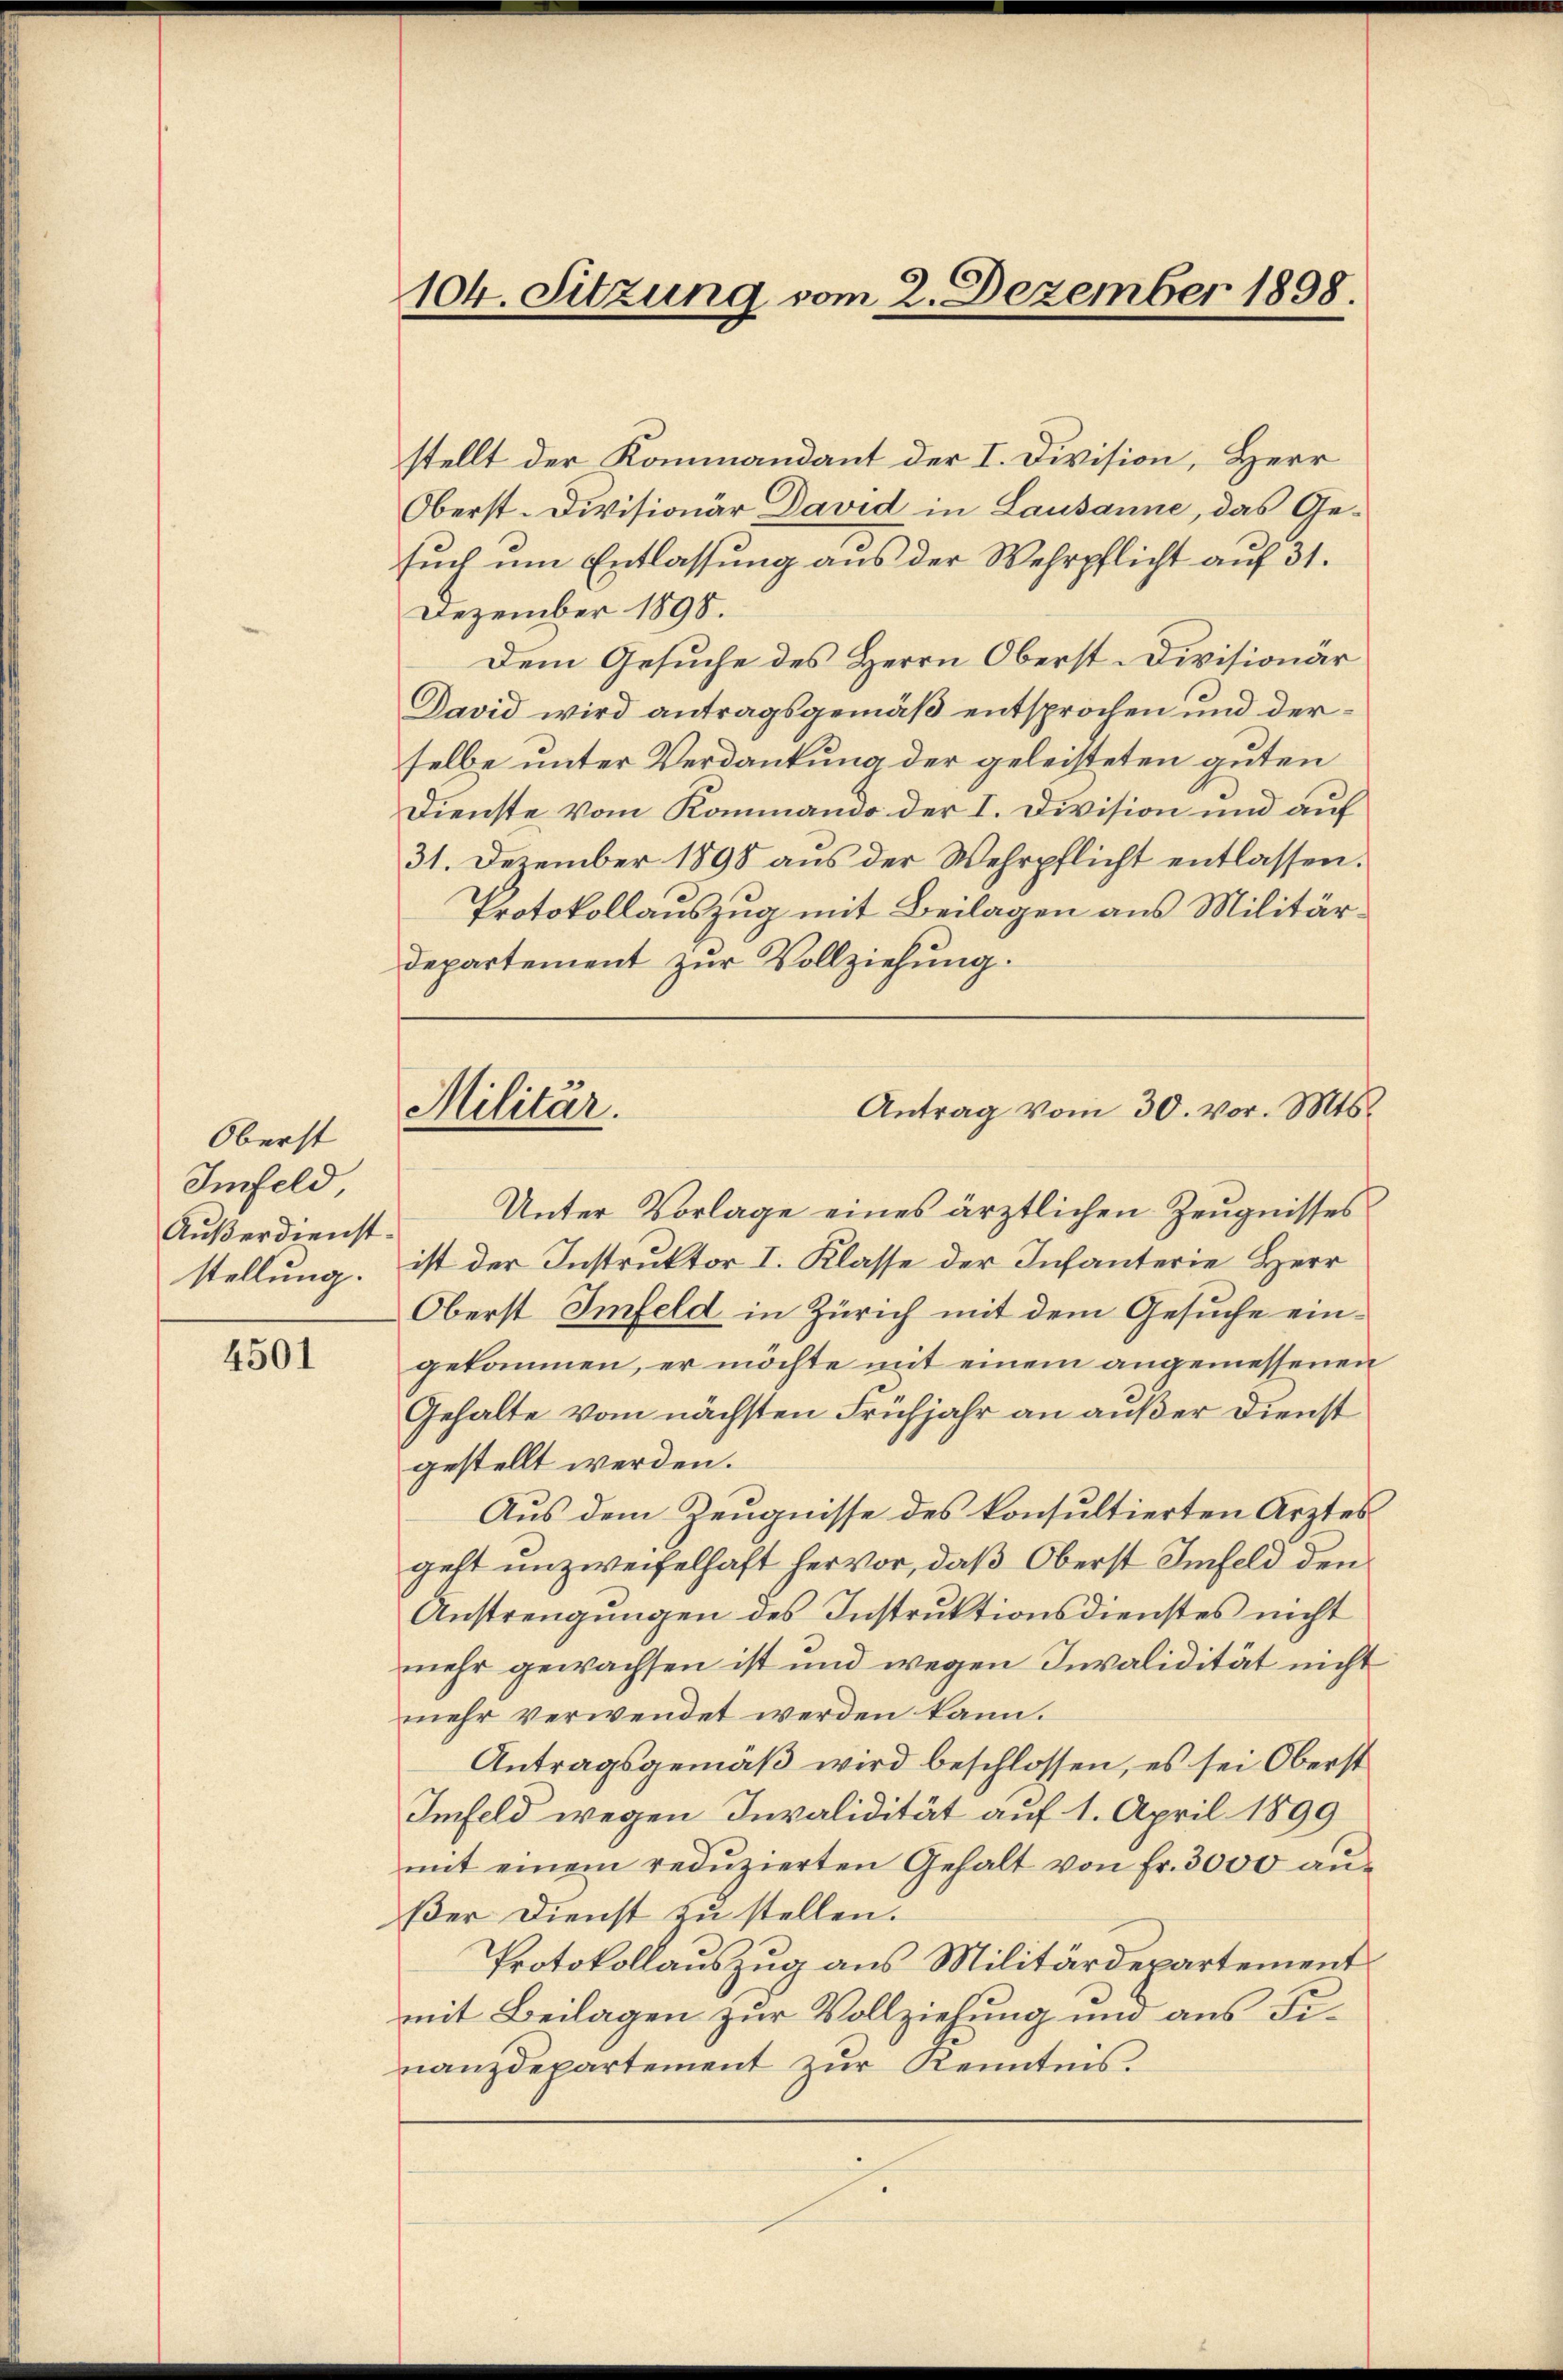
Oberst
Imfeld,
Außerdienst-
stellung.

4501

104. Sitzung vom 2. Dezember 1898.

stellt der Kommandant der I. Division, Herr
Oberst-Divisionär David in Lausanne, das Gesuch um Entlassung aus der Wehrpflicht auf 31.
Dezember 1895.
Dem Gesuche des Herrn Oberst-Divisionär
David wird antragsgemäß entsprochen und derselbe unter Verdankung der geleisteten guten
Dienste vom Kommando der I. Division und auf
31. Dezember 1898 aus der Wehrpflicht entlassen.
Protokollauszug mit Beilagen aus Militärdepartement zur Vollziehung.
Unter Vorlage eines ärztlichen Zeugnisses
ist der Instruktor I. Klasse der Infanterie Herr
Oberst Imfeld in Zürich mit dem Gesuche eingekommen, er möchte mit einem angemessenen
Gehalte vom nächsten Frühjahr an außer Dienst
gestellt werden.
Aus dem Zeugnisse des konsultierten Ärztes
geht unzweifelhaft hervor, daß Oberst Imfeld den
Anstrengungen des Instruktionsdienstes nicht
mehr gewachsen ist und wegen Invalidität nicht
mehr verwendet werden kann.
Antragsgemäß wird beschlossen, es sei Oberst
Imfeld wegen Invalidität auf 1. April 1899
mit einem redŭzierten Gehalt von Fr. 3000 aŭ-
ßer Dienst zu stellen.
Protokollauszug aus Militärdepartement
mit Beilagen zur Vollziehung und aus Finanzdepartement zur Kenntnis.

Militär.

Antrag vom 30. vor. Mts.